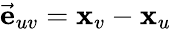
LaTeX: \vec{\mathbf{e}}_{uv}=\mathbf{x}_{v}-\mathbf{x}_{u}